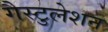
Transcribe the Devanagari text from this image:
गैस्टुलेशन